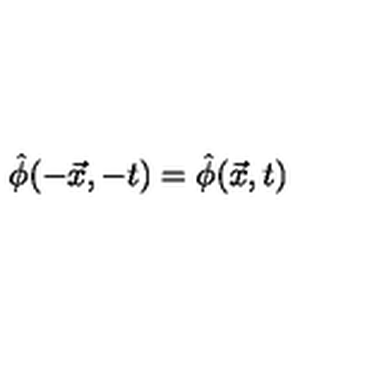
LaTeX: \hat { \phi } ( - \vec { x } , - t ) = \hat { \phi } ( \vec { x } , t )